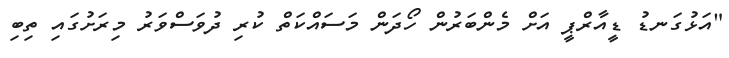
"އަޅުގަނޑު ޑީއާރްޕީ އަށް މެންބަރުން ހޯދަން މަސައްކަތް ކުރި ދުވަސްވަރު މިރަށުގައި ތިބި